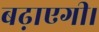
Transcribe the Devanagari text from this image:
बढ़ाएगी।